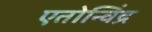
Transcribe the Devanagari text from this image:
एतोन्विंद्र